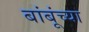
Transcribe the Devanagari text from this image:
बांबूंच्या